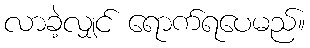
လာခဲ့လျှင် ရောက်ရပေမည်။